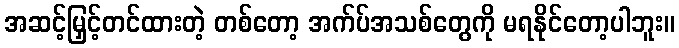
အဆင့်မြှင့်တင်ထားတဲ့ တစ်တော့ အက်ပ်အသစ်တွေကို မရနိုင်တော့ပါဘူး။